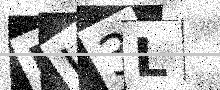
Text: DJ3L